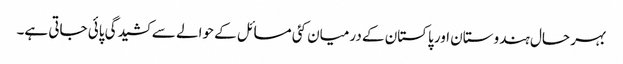
بہر حال ہندوستان اور پاکستان کے درمیان کئی مسائل کے حوالے سے کشیدگی پائی جاتی ہے۔